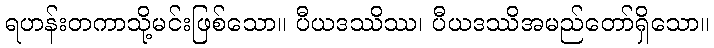
ရဟန်းတကာသို့မင်းဖြစ်သော။ ပီယဒဿိဿ၊ ပီယဒဿိအမည်တော်ရှိသော။